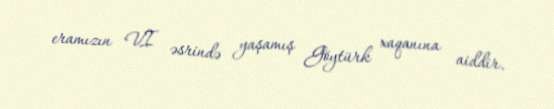
eramızın VI əsrində yaşamış Göytürk xaqanına aiddir.